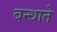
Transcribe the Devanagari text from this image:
बन्धाते